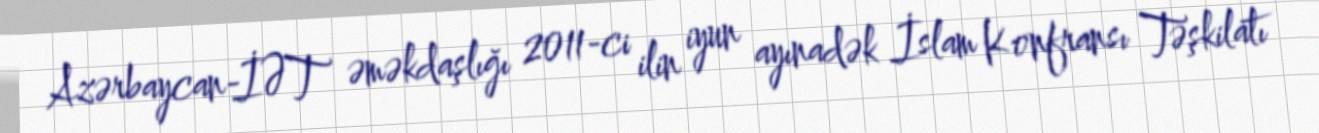
Azərbaycan-İƏT əməkdaşlığı 2011-ci ilin iyun ayınadək İslam Konfransı Təşkilatı